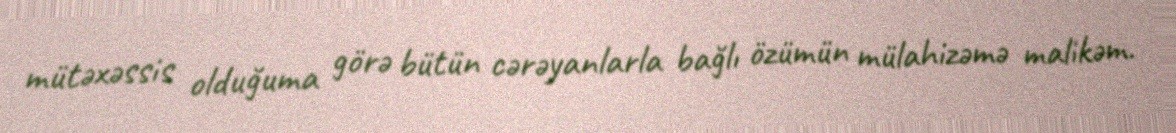
mütəxəssis olduğuma görə bütün cərəyanlarla bağlı özümün mülahizəmə malikəm.